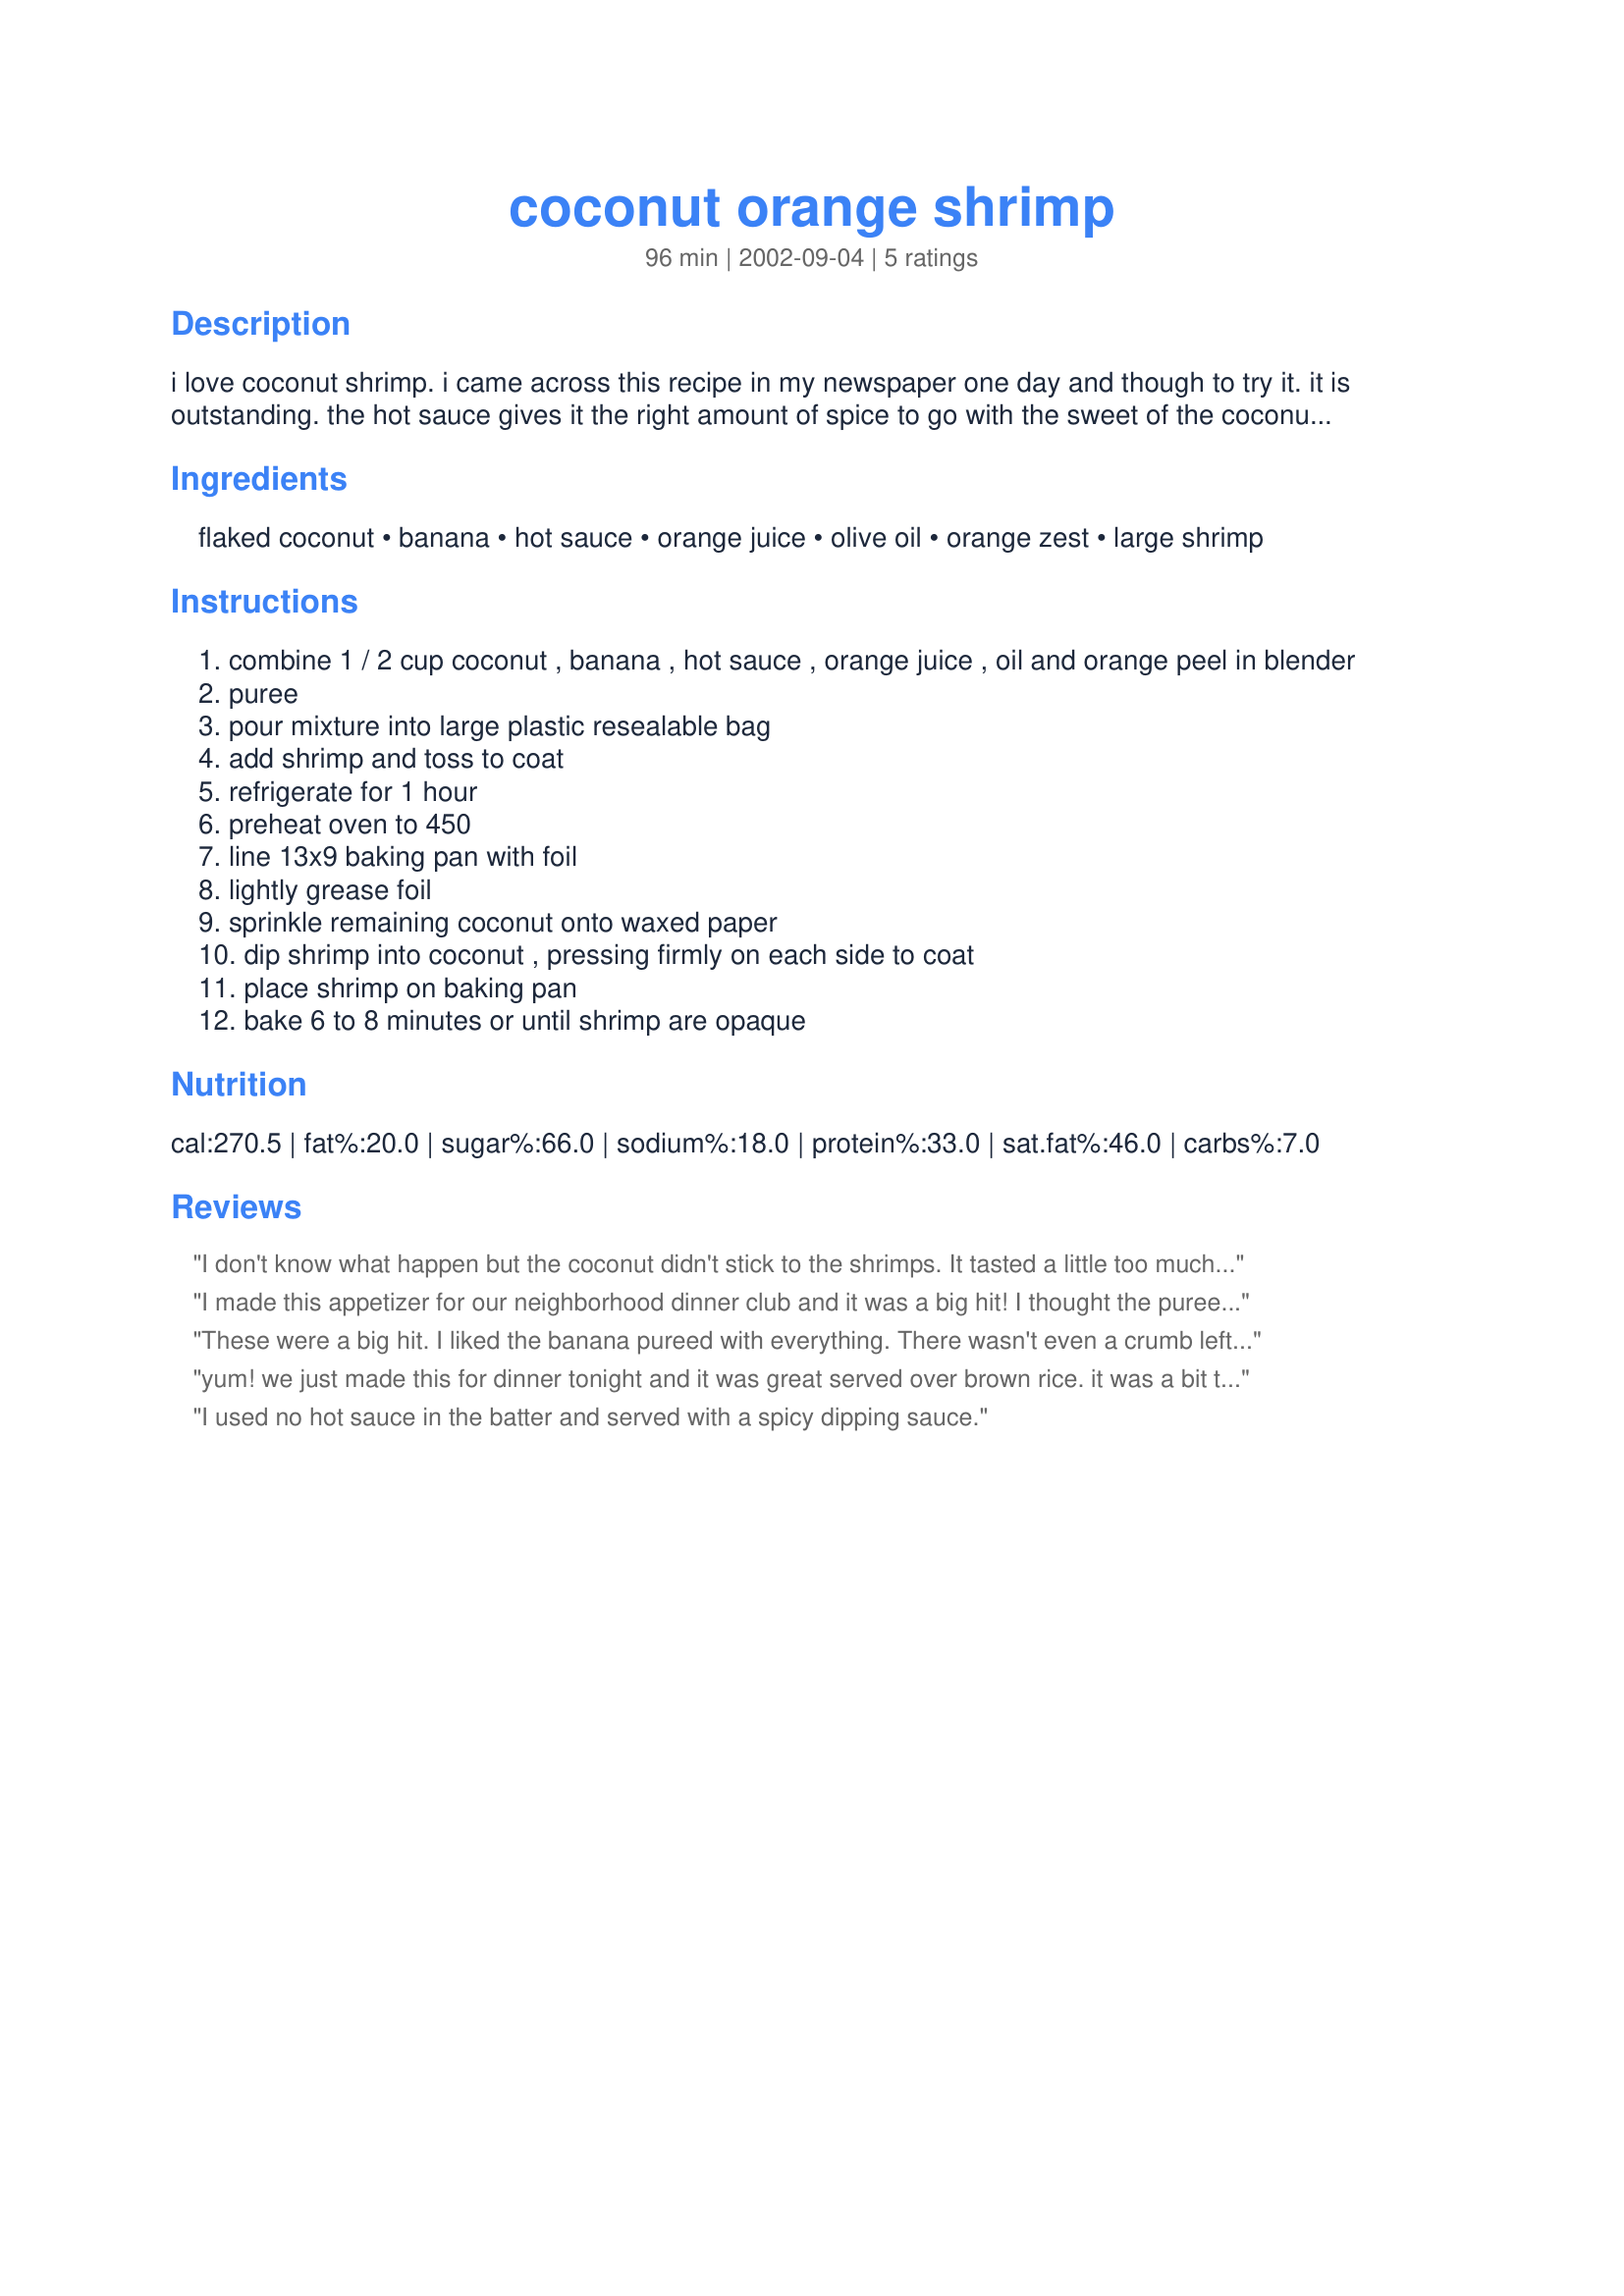
coconut orange shrimp
Preparation time: 96 minutes

i love coconut shrimp. i came across this recipe in my newspaper one day and though to try it. it is outstanding. the hot sauce gives it the right amount of spice to go with the sweet of the coconut. prep time includes marinating time.

Ingredients:
flaked coconut, banana, hot sauce, orange juice, olive oil, orange zest, large shrimp

Steps:
combine 1 / 2 cup coconut , banana , hot sauce , orange juice , oil and orange peel in blender
puree
pour mixture into large plastic resealable bag
add shrimp and toss to coat
refrigerate for 1 hour
preheat oven to 450
line 13x9 baking pan with foil
lightly grease foil
sprinkle remaining coconut onto waxed paper
dip shrimp into coconut , pressing firmly on each side to coat
place shrimp on baking pan
bake 6 to 8 minutes or until shrimp are opaque

Reviews:
I don't know what happen but the coconut didn't stick to the shrimps. It tasted a little too much coconut for my liking.
I made this appetizer for our neighborhood dinner club and it was a big hit! I thought the puree was too hot so I added a bit more orange juice and 1/4 cup Splenda...perfect! the coconut was not as crispy as I thought it would be but since it was baked not fried, it was great anyway! served it with a honey mustard dipping sauce...delicious!
These were a big hit. I liked the banana pureed with everything. There wasn't even a crumb left for me to snack on the next day. Thanks for a great recipe.
yum! we just made this for dinner tonight and it was great served over brown rice. it was a bit too spicy for me so next time i'll add more o.j. and less hot sauce. great alternative to the high fat/high cal fried coconut shrimp!
I used no hot sauce in the batter and served with a spicy dipping sauce.
